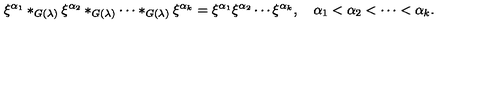
\xi ^ { \alpha _ { 1 } } * _ { G ( \lambda ) } \xi ^ { \alpha _ { 2 } } * _ { G ( \lambda ) } \cdots * _ { G ( \lambda ) } \xi ^ { \alpha _ { k } } = \xi ^ { \alpha _ { 1 } } \xi ^ { \alpha _ { 2 } } \cdots \xi ^ { \alpha _ { k } } , \quad \alpha _ { 1 } < \alpha _ { 2 } < \cdots < \alpha _ { k } .